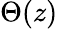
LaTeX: \Theta(z)